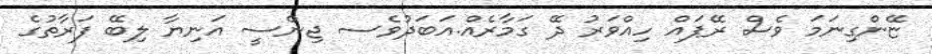
ޏޭންގިނަމަ ވެސް ރޭޕައް ހިއްވަރު ދޭ ގަމާރެއް.އަބަދުވެސ ޖިންސީ އަނިޔާ ލިބޭ ފަރާތުގެ